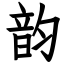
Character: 韵